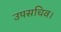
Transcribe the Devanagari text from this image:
उपसचिव।